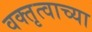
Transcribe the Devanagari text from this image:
वक्तृत्वाच्या